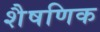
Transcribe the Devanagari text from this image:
शैषणिक